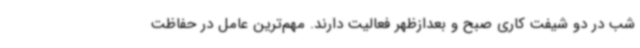
شب در دو شیفت کاری صبح و بعدازظهر فعالیت دارند. مهم‌ترین عامل در حفاظت